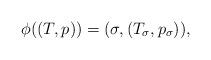
LaTeX: \begin{align*}\phi((T,p)) = (\sigma,(T_\sigma,p_\sigma)),\end{align*}